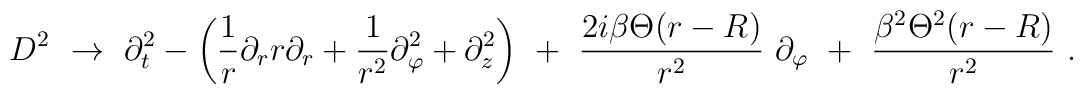
D^2\ \rightarrow\ \partial^2_t-\left(\frac1r\partial_rr\partial_r+\frac{1}{r^2}\partial_\varphi^2+\partial_z^2\right)\ +\ \frac{2i\beta\Theta(r-R)}{r^2}\ \partial_\varphi\ +\ \frac{\beta^2\Theta^2(r-R)}{r^2}\ .